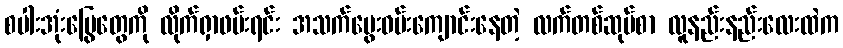
စပါးအုံးမြွေတွေကို လိုက်ရှာဖမ်းရင်း အသက်မွေးဝမ်းကျောင်းနေတဲ့ လက်တစ်ဆုပ်စာ လူနည်းနည်းလေးထဲက